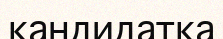
кандидатқа